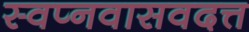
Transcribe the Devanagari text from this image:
स्वप्नवासवदत्त